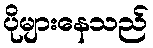
ပိုများနေသည်